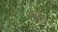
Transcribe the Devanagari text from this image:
रायथान